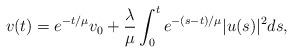
LaTeX: \begin{align*}v(t)=e^{-t/\mu}v_0+\frac{\lambda}{\mu}\int_0^te^{-(s-t)/\mu}|u(s)|^2ds,\end{align*}